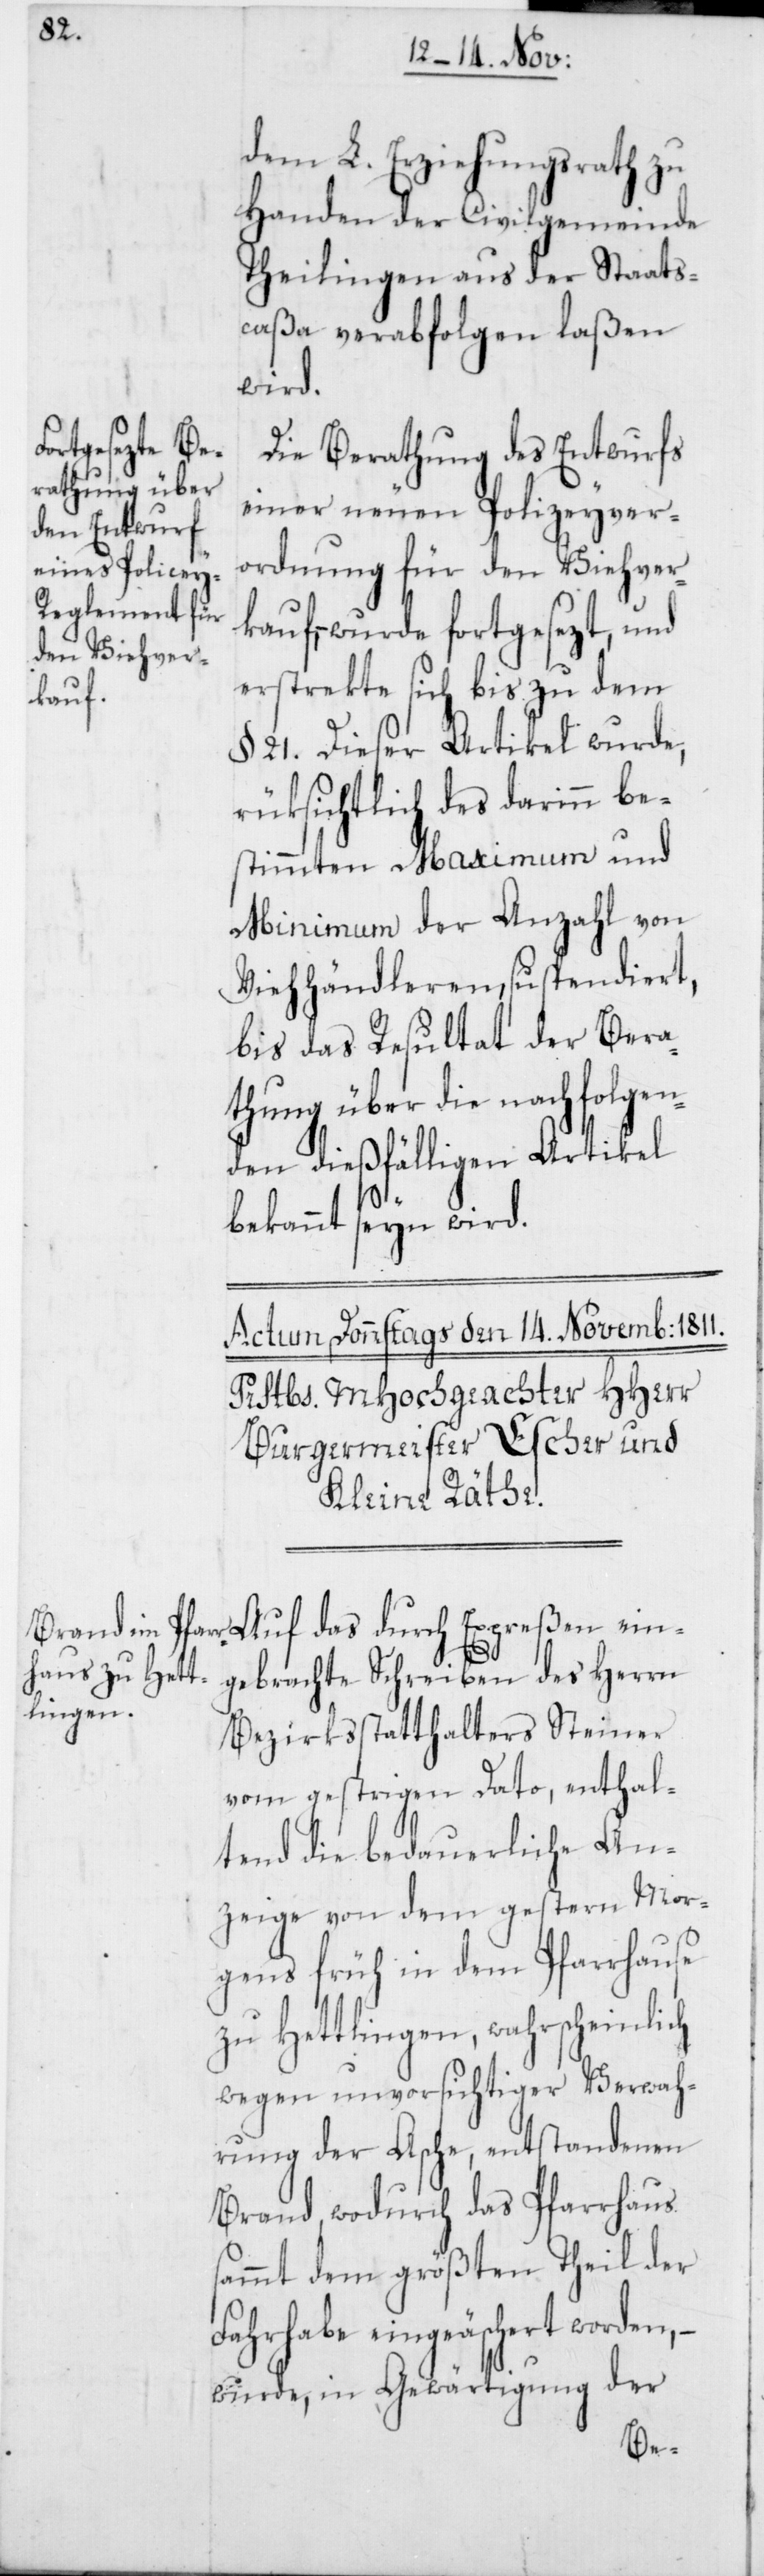
ein¬
dem L. Erziehungsrath zu
Handen der Civilgemeinde
Theilingen aus der Staats¬
caßa verabfolgen laßen
wird.
Die Berathung des Entwurfs
einer neuen Polizeyver¬
ordnung für den Viehver¬
– wurde fortgesezt, und
erstrekte sich bis zu dem
kauf,
§. 21. Dieser Artikel wurde,
rüksichtlich des darinn be¬
stimmten Maximum und
Minimum der Anzahl von
Viehhändleren, suspendiert,
bis das Resultat der Bera¬
thung über die nachfolgen¬
den dießfälligen Artikel
bekannt seyn wird.
gebrachte Schreiben des Herrn
Bezirksstatthalters Steiner
vom gestrigen Dato, enthal¬
tend die bedauerliche An¬
zeige von dem gestern Mor¬
gens früh in dem Pfarrhause
zu Hettlingen, wahrscheinlich
wegen unvorsichtiger Verwah¬
rung der Asche, entstandenen
Brand, wodurch das Pfarrhaus
sammt dem größten Theil der
Fahrhabe eingeäschert worden, –
wurde, in Gewärtigung der